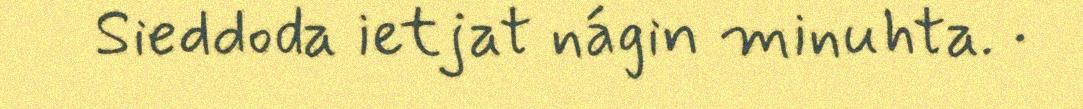
Sieddoda ietjat nágin minuhta. ·